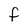
Character: f